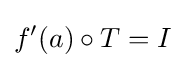
f'(a)\circ T=I